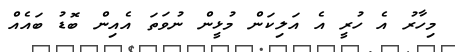
މިހާރު އެ ހުރީ އެ އަލިކަން މުޅީން ނުވަތަ އެއިން ބޮޑު ބައެއް